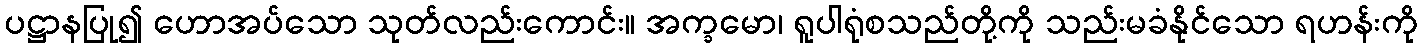
ပဋ္ဌာနပြု၍ ဟောအပ်သော သုတ်လည်းကောင်း။ အက္ခမော၊ ရူပါရုံစသည်တို့ကို သည်းမခံနိုင်သော ရဟန်းကို